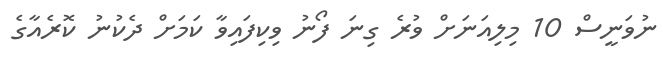
ނުވަނީސް 10 މިލިއަނަށް ވުރެ ގިނަ ފޯނު ވިކިފައިވާ ކަމަށް ދެކުނު ކޮރެއާގެ